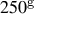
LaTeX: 2 5 0 ^ { \mathrm { g } }